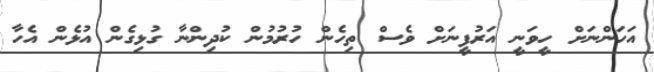
އަހަންނަށް ހީވަނީ އަރުފީނަށް ވެސް ތިހެން ހުރުމުން ކުދިންނާ ގުޅިގެން އުޅެން އެހާ